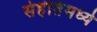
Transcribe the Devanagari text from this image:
संहंतिंमध्ये